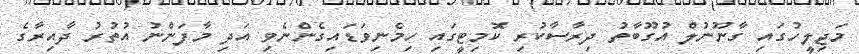
މަޖިލީހުގައި ގާނޫނުލް އުގޫބާތު ދިރާސާކުރި ކޮމިޓީގައި ހިމެނިވަޑައިގެންނެވި އަދި މާފަންނު އުތުރު ދާއިރާގެ